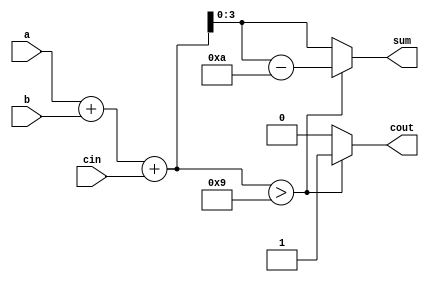
module bcd_fadd (
	input [3:0]	a, 
	input [3:0]	b,
    input cin,
	output reg	[3:0] sum,
	output reg	cout 				
);

reg	[4:0] sum_r	;
 
always @ (a or b) begin
		sum_r = a + b+cin;        
end
 
always @ (sum_r) begin
		if (sum_r >4'd9) begin
			sum  = sum_r - 4'd10;
			cout = 1'b1;
		end
		else begin
			sum = sum_r;
			cout = 1'b0;
		end        
end
endmodule